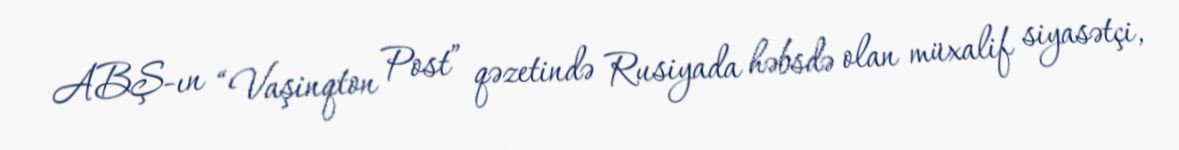
ABŞ-ın “Vaşinqton Post” qəzetində Rusiyada həbsdə olan müxalif siyasətçi,